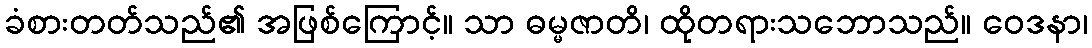
ခံစားတတ်သည်၏ အဖြစ်ကြောင့်။ သာ ဓမ္မဇာတိ၊ ထိုတရားသဘောသည်။ ဝေဒနာ၊